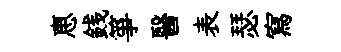
恵銭箏醫表瑟寫